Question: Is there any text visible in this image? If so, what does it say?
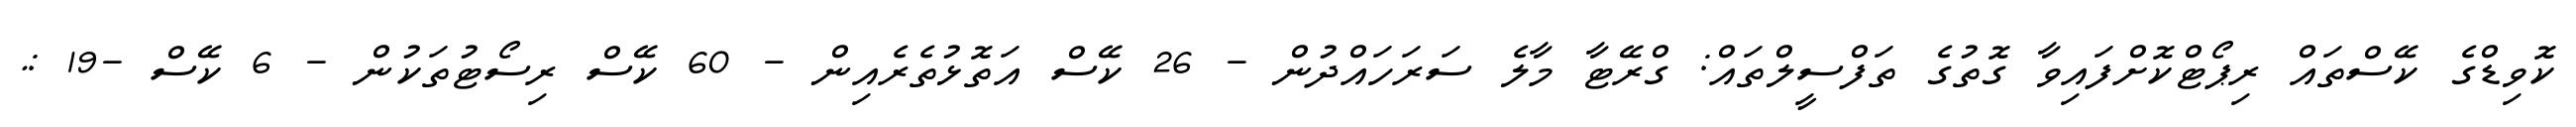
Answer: ކޮވިޑްގެ ކޭސްތައް ރިޕޯޓްކޮށްފައިވާ ގޮތުގެ ތަފްސީލްތައް: ގްރޭޓާ މާލެ ސަރަހައްދުން - 26 ކޭސް އަތޮޅުތެރެއިން - 60 ކޭސް ރިސޯޓުތަކުން - 6 ކޭސް -19 :.